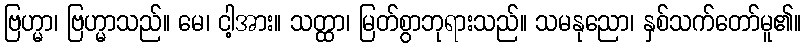
ဗြဟ္မာ၊ ဗြဟ္မာသည်။ မေ၊ ငါ့အား။ သတ္ထာ၊ မြတ်စွာဘုရားသည်။ သမနုညော၊ နှစ်သက်တော်မူ၏။